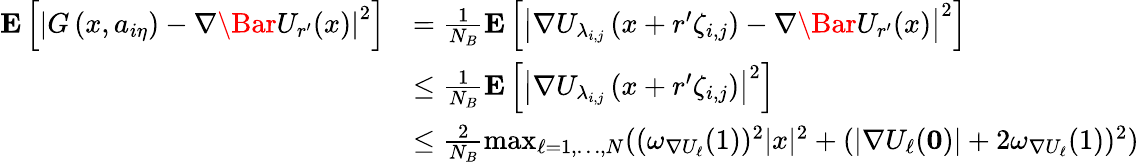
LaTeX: \begin{array}{rl}{\mathbf{E}\left[\left|{G}\left(x,a_{i\eta}\right)-\nabla\Bar{U}_{r^{\prime}}(x)\right|^{2}\right]}&{=\frac{1}{N_{B}}\mathbf{E}\left[\left|\nabla U_{\lambda_{i,j}}\left(x+r^{\prime}\zeta_{i,j}\right)-\nabla\Bar{U}_{r^{\prime}}(x)\right|^{2}\right]}\\ &{\le\frac{1}{N_{B}}\mathbf{E}\left[\left|\nabla U_{\lambda_{i,j}}\left(x+r^{\prime}\zeta_{i,j}\right)\right|^{2}\right]}\\ &{\le\frac{2}{N_{B}}\operatorname*{max}_{\ell=1,\ldots,N}((\omega_{\nabla U_{\ell}}(1))^{2}|x|^{2}+(|\nabla U_{\ell}(\mathbf{0})|+2\omega_{\nabla U_{\ell}}(1))^{2})}\end{array}